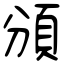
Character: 頒